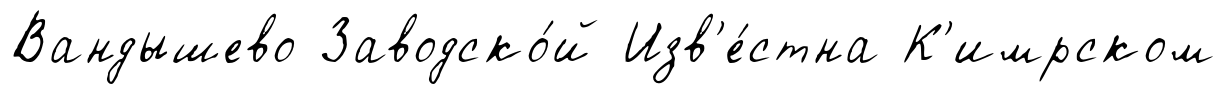
Вандышево Заводско́й Изв'е́стна К'имрском